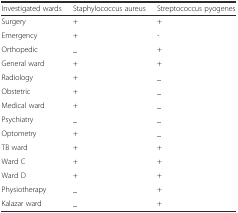
<table><thead><tr><td><b>Investigated wards</b></td><td><b>Staphylococcus aureus</b></td><td><b>Streptococcus pyogenes</b></td></tr></thead><tbody><tr><td>Surgery</td><td>+</td><td>+</td></tr><tr><td>Emergency</td><td>+</td><td>-</td></tr><tr><td>Orthopedic</td><td>_</td><td>+</td></tr><tr><td>General ward</td><td>+</td><td>+</td></tr><tr><td>Radiology</td><td>+</td><td>_</td></tr><tr><td>Obstetric</td><td>+</td><td>_</td></tr><tr><td>Medical ward</td><td>+</td><td>_</td></tr><tr><td>Psychiatry</td><td>_</td><td>_</td></tr><tr><td>Optometry</td><td>+</td><td>_</td></tr><tr><td>TB ward</td><td>+</td><td>+</td></tr><tr><td>Ward C</td><td>+</td><td>+</td></tr><tr><td>Ward D</td><td>+</td><td>+</td></tr><tr><td>Physiotherapy</td><td>_</td><td>+</td></tr><tr><td>Kalazar ward</td><td>_</td><td>+</td></tr></tbody></table>